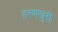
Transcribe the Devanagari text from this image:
हरणखुरी